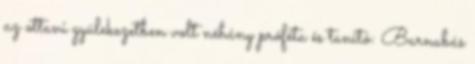
az ottani gyülekezetben volt néhány próféta és tanító: Barnabás